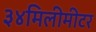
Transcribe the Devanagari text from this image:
३४मिलीमीटर